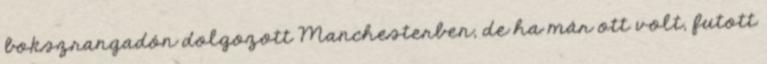
bokszrangadón dolgozott Manchesterben, de ha már ott volt, futott